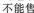
不能售